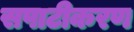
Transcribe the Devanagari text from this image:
सपाटीकरण